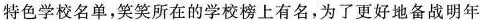
特色学校名单，笑笑所在的学校榜上有名，为了更好地备战明年